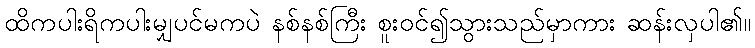
ထိကပါးရိကပါးမျှပင်မကပဲ နစ်နစ်ကြီး စူးဝင်၍သွားသည်မှာကား ဆန်းလှပါ၏။